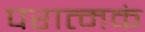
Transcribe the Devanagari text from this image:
परात्मकं